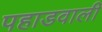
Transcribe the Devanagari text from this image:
पहाडवाली